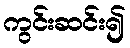
ကွင်းဆင်း၍